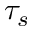
\tau _ { s }